Annual report of the Imperial Bacteriological Laboratory, Muktesar
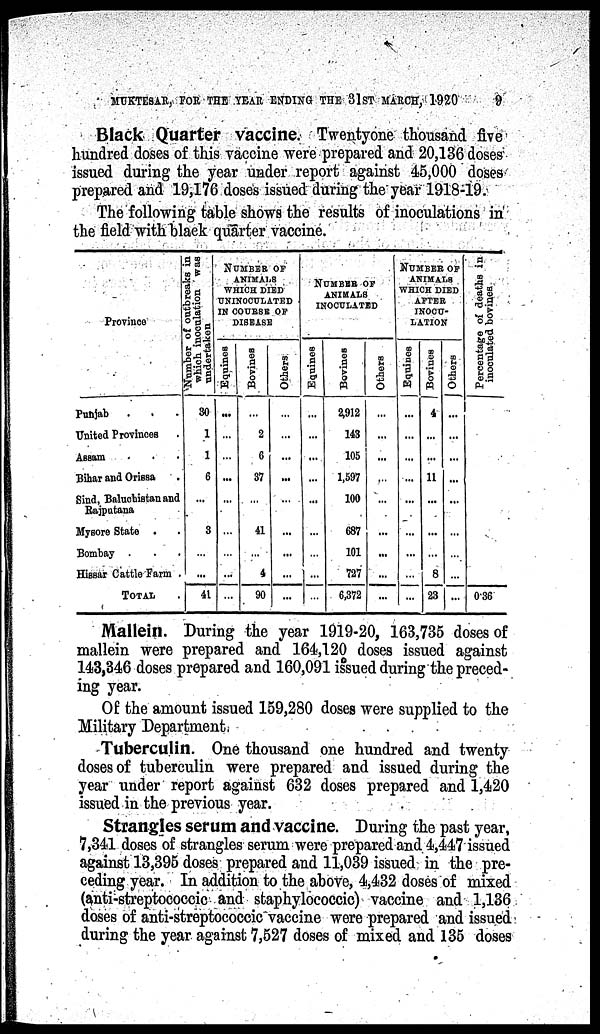
MUKTESAR, FOR THE YEAR ENDING THE 31 ST MARCH, 1920
9
Black Quarter vaccine. Twentyone thousand five
hundred doses of this vaccine were prepared and 20,136 doses
issued during the year under report against 45,000 doses
prepared and 19,176 doses issued during the year 1918-19.
The following table shows the results of inoculations in
the field with black quarter vaccine.
Province
Punjab
United Provinces
Assam
Bihar and Orissa
Sind, Baluchistan and
Rajputana
Mysore State .
Bombay .
Hissar Cattle Farm .
TOTAL
Number of outbreaks in
which inoculation was
undertaken
30
1
1
6
...
3
...
...
41
NUMBER OF
ANIMALS
WHICH DIED
UNINOCULATED
IN COURSE OF
DISEASE
Equines
...
...
...
...
...
...
...
...
...
Bovines
...
2
6
37
...
41
...
4
90
Others
...
...
...
...
...
...
...
...
NUMBER OF
ANIMALS
INOCULATED
Equines
...
...
...
...
...
...
...
...
...
Bovines
2,912
143
105
1,597
100
687
101
727
6,372
Others
...
...
...
...
...
...
...
...
...
NUMBER OF
ANIMALS
WHICH DIED
AFTER
INOCU-
LATION
Equines
...
...
...
...
...
...
...
...
...
Bovines
4
...
...
11
...
...
...
8
23
Others
...
...
...
...
...
...
...
...
Percentage of deaths in
inoculated bovines
0.36
Mallein. During the year 1919-20, 163,735 doses of
mallein were prepared and 164,120 doses issued against
143,346 doses prepared and 160,091 issued during the preced-
ing year.
Of the amount issued 159,280 doses were supplied to the
Military Department.
Tuberculin. One thousand one hundred and twenty
doses of tuberculin were prepared and issued during the
year under report against 632 doses prepared and 1,420
issued in the previous year.
Strangles serum and vaccine. During the past year,
7,341 doses of strangles serum were prepared and 4,447 issued
against 13,395 doses prepared and 11,039 issued in the pre-
ceding year. In addition to the above, 4,432 doses of mixed
(anti-streptococcic and staphylococcic) vaccine and 1,136
doses of anti-streptococcic vaccine were prepared and issued
during the year against 7,527 doses of mixed and 135 doses